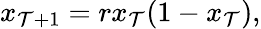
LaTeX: x_{\mathcal{T}+1}=rx_{\mathcal{T}}(1-x_{\mathcal{T}}),